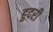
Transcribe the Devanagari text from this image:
हुदरी